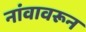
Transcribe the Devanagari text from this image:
नांवावरून